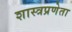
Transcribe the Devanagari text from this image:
शास्त्रप्रणेता